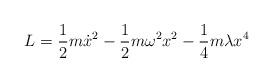
LaTeX: \begin{align*}L=\frac 12m\dot{x}^2-\frac 12m{\omega }^2x^2-\frac 14m\lambda x^4\end{align*}